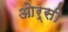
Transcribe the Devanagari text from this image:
ओर्सी